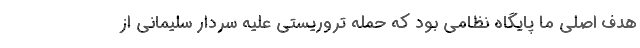
هدف اصلی ما پایگاه نظامی بود که حمله تروریستی علیه سردار سلیمانی از